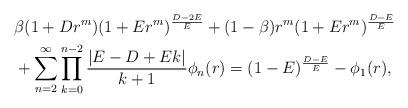
LaTeX: \begin{align*}&\beta(1+Dr^m)(1+Er^m)^{\frac{D-2E}{E}} +(1-\beta)r^m(1+Er^m)^{\frac{D-E}{E}}\\&+\sum_{n=2}^{\infty} \prod_{k=0}^{n-2}\frac{|E-D+Ek|}{k+1}\phi_{n}(r) =(1-E)^{\frac{D-E}{E}} -\phi_{1}(r),\end{align*}